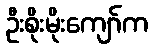
ဦးစိုးမိုးကျော်က